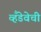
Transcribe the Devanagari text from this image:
व्हँडेवेची